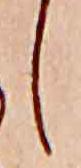
し